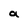
Character: a